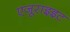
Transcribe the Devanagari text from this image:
एजूराइइट